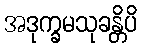
အဒုက္ခမသုခန္တိပိ